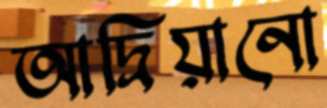
আদ্রিয়ানো